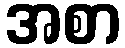
အစာ